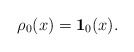
\begin{align*}\rho_0(x) = \mathbf{1}_{0}(x).\end{align*}